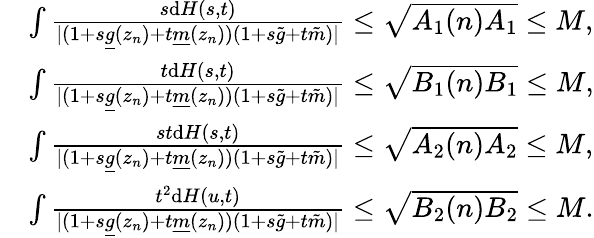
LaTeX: \begin{array}{rl}&{\int\frac{s\mathrm{d}H(s,t)}{\vert(1+s\underline{{g}}(z_{n})+t\underline{{m}}(z_{n}))(1+s\tilde{g}+t\tilde{m})\vert}\leq\sqrt{A_{1}(n)A_{1}}\leq M,}\\ &{\int\frac{t\mathrm{d}H(s,t)}{\vert(1+s\underline{{g}}(z_{n})+t\underline{{m}}(z_{n}))(1+s\tilde{g}+t\tilde{m})\vert}\leq\sqrt{B_{1}(n)B_{1}}\leq M,}\\ &{\int\frac{st\mathrm{d}H(s,t)}{\vert(1+s\underline{{g}}(z_{n})+t\underline{{m}}(z_{n}))(1+s\tilde{g}+t\tilde{m})\vert}\leq\sqrt{A_{2}(n)A_{2}}\leq M,}\\ &{\int\frac{t^{2}\mathrm{d}H(u,t)}{\vert(1+s\underline{{g}}(z_{n})+t\underline{{m}}(z_{n}))(1+s\tilde{g}+t\tilde{m})\vert}\leq\sqrt{B_{2}(n)B_{2}}\leq M.}\end{array}